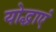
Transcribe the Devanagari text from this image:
योद्धाएं